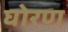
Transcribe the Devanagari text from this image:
घोरण